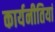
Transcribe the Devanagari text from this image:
कार्यनीतियां